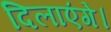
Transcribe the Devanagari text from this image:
दिलाएंगे।